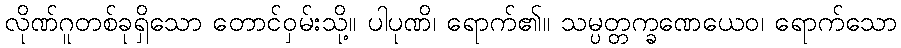
လိုဏ်ဂူတစ်ခုရှိသော တောင်ဝှမ်းသို့။ ပါပုဏိ၊ ရောက်၏။ သမ္ပတ္တက္ခဏေယေဝ၊ ရောက်သော